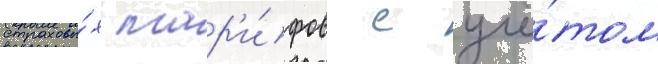
страховы́х тар'и́фов с учё́том